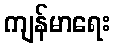
ကျန်မာရေး